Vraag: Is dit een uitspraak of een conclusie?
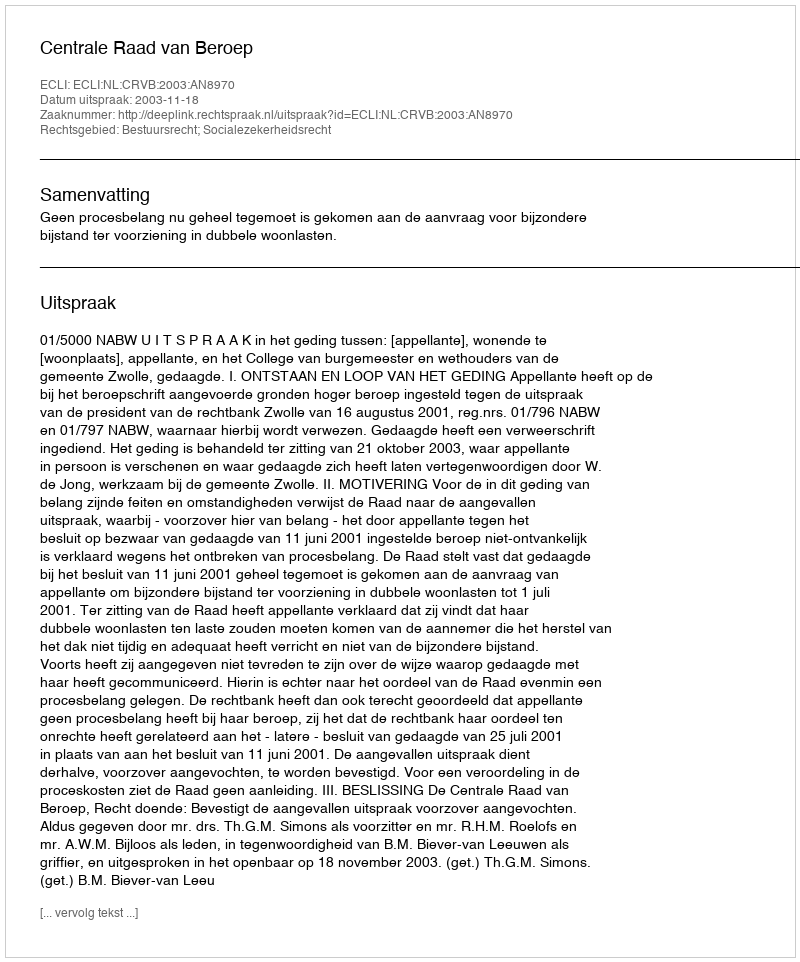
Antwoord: Uitspraak